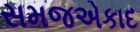
સમજએકાદ